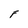
Character: F